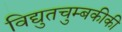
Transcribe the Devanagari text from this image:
विद्युतचुम्बकीकी